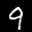
Label: 9